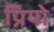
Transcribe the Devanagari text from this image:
प्रियो